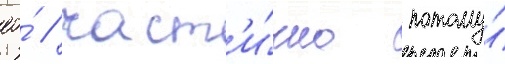
ео́ / част'и́чно потому́